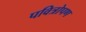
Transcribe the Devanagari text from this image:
पवित्रोपण